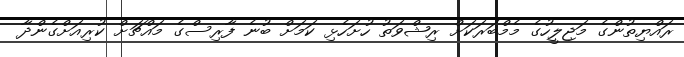
ރައްޔިތުންގެ މަޖިލީހުގެ މެމްބަރަކަށް ރިޝްވަތު ހުށަހެޅި ކަމަށް ބުނެ ފާރިސްގެ މައްޗަށް ކުރިއަށްގެންދާ